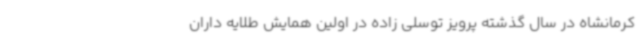
کرمانشاه در سال گذشته پرویز توسلی زاده در اولین همایش طلایه داران